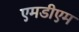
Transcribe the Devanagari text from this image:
एमडीएम